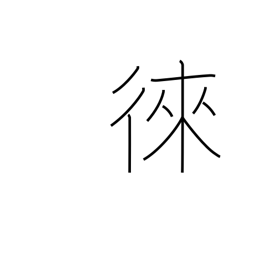
Meaning: encourage to come